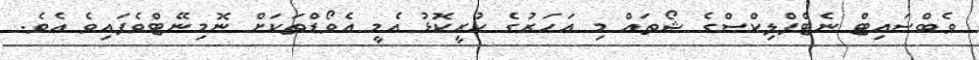
ވެބްސައިޓް ނެޓްފްލިކްސްގެ ޝޯތައް މި އަހަރުގެ ކުރީކޮޅު އެމީ އެވޯޑްތަކަށް ނޮމިނޭޓްވެފައިވެ އެވެ.